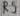
Text: R5